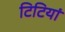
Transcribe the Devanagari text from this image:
टिटियां